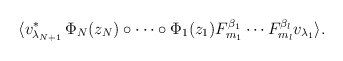
\begin{align*}\langle v_{\lambda_{N+1}}^{\ast}\,\Phi_{N}(z_{N})\circ\cdots\circ\Phi_{1}(z_{1})F_{m_{1}}^{\beta_{1}}\cdots F_{m_{l}}^{\beta_{l}}v_{\lambda_{1}}\rangle.\end{align*}